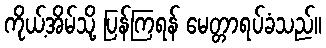
ကိုယ့်အိမ်သို့ ပြန်ကြရန် မေတ္တာရပ်ခံသည်။